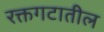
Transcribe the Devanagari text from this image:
रक्तगटातील